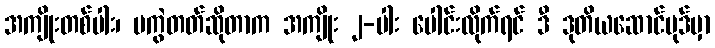
အကျိုးတစ်ပါး၊ မကွဲတတ်ဆိုတာက အကျိုး ၂-ပါး ပေါင်းလိုက်ရင် ဒီ ဒုတိယဆောင်ပုဒ်မှာ